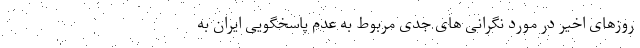
روزهای اخیر در مورد نگرانی های جدی مربوط به عدم پاسخگویی ایران به